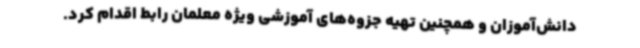
دانش‌آموزان و همچنین تهیه جزوه‌های آموزشی ویژه معلمان رابط اقدام کرد.